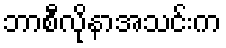
ဘာစီလိုနာအသင်းက